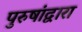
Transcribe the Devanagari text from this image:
पुरुषांद्वारा